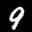
Label: 9